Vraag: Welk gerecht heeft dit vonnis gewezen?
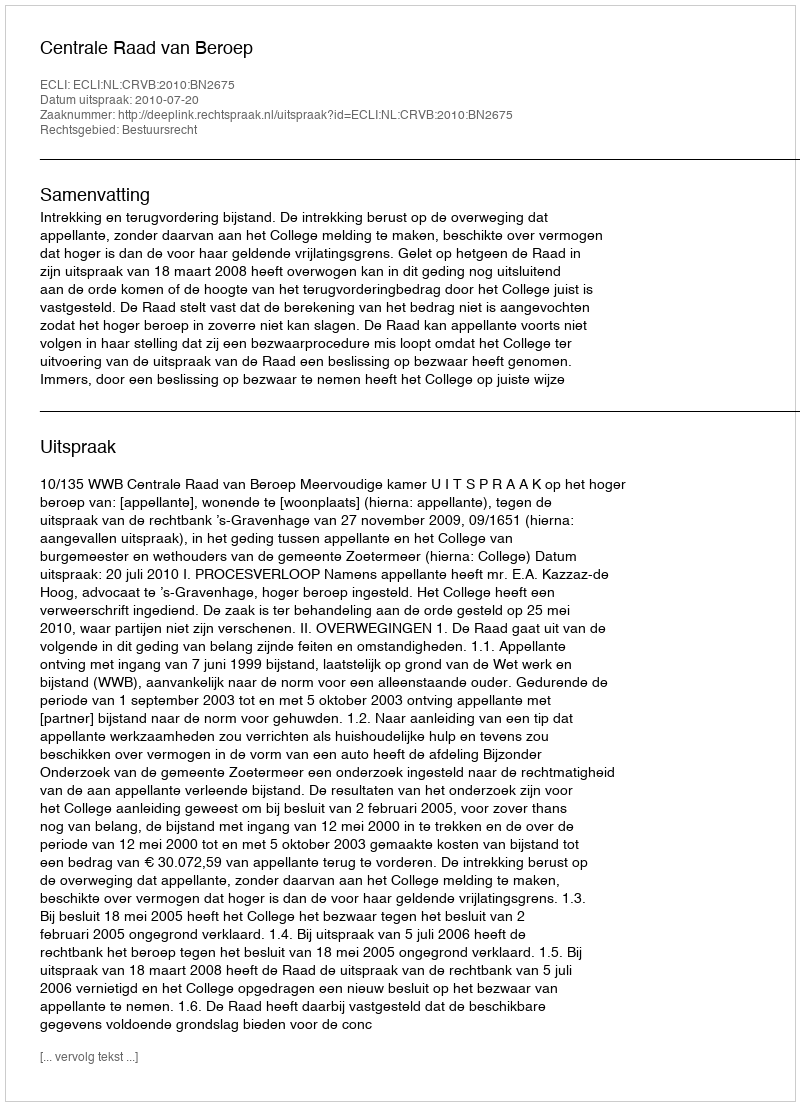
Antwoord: Centrale Raad van Beroep